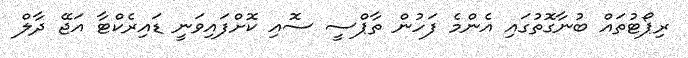
ރިޕޯޓުތައް ބުނާގޮތުގައި އެންމެ ފަހުން ތާޕްސީ ސޮއި ކޮށްފައިވަނީ ޑައިރެކްޓާ އަޖޭ ދާލް